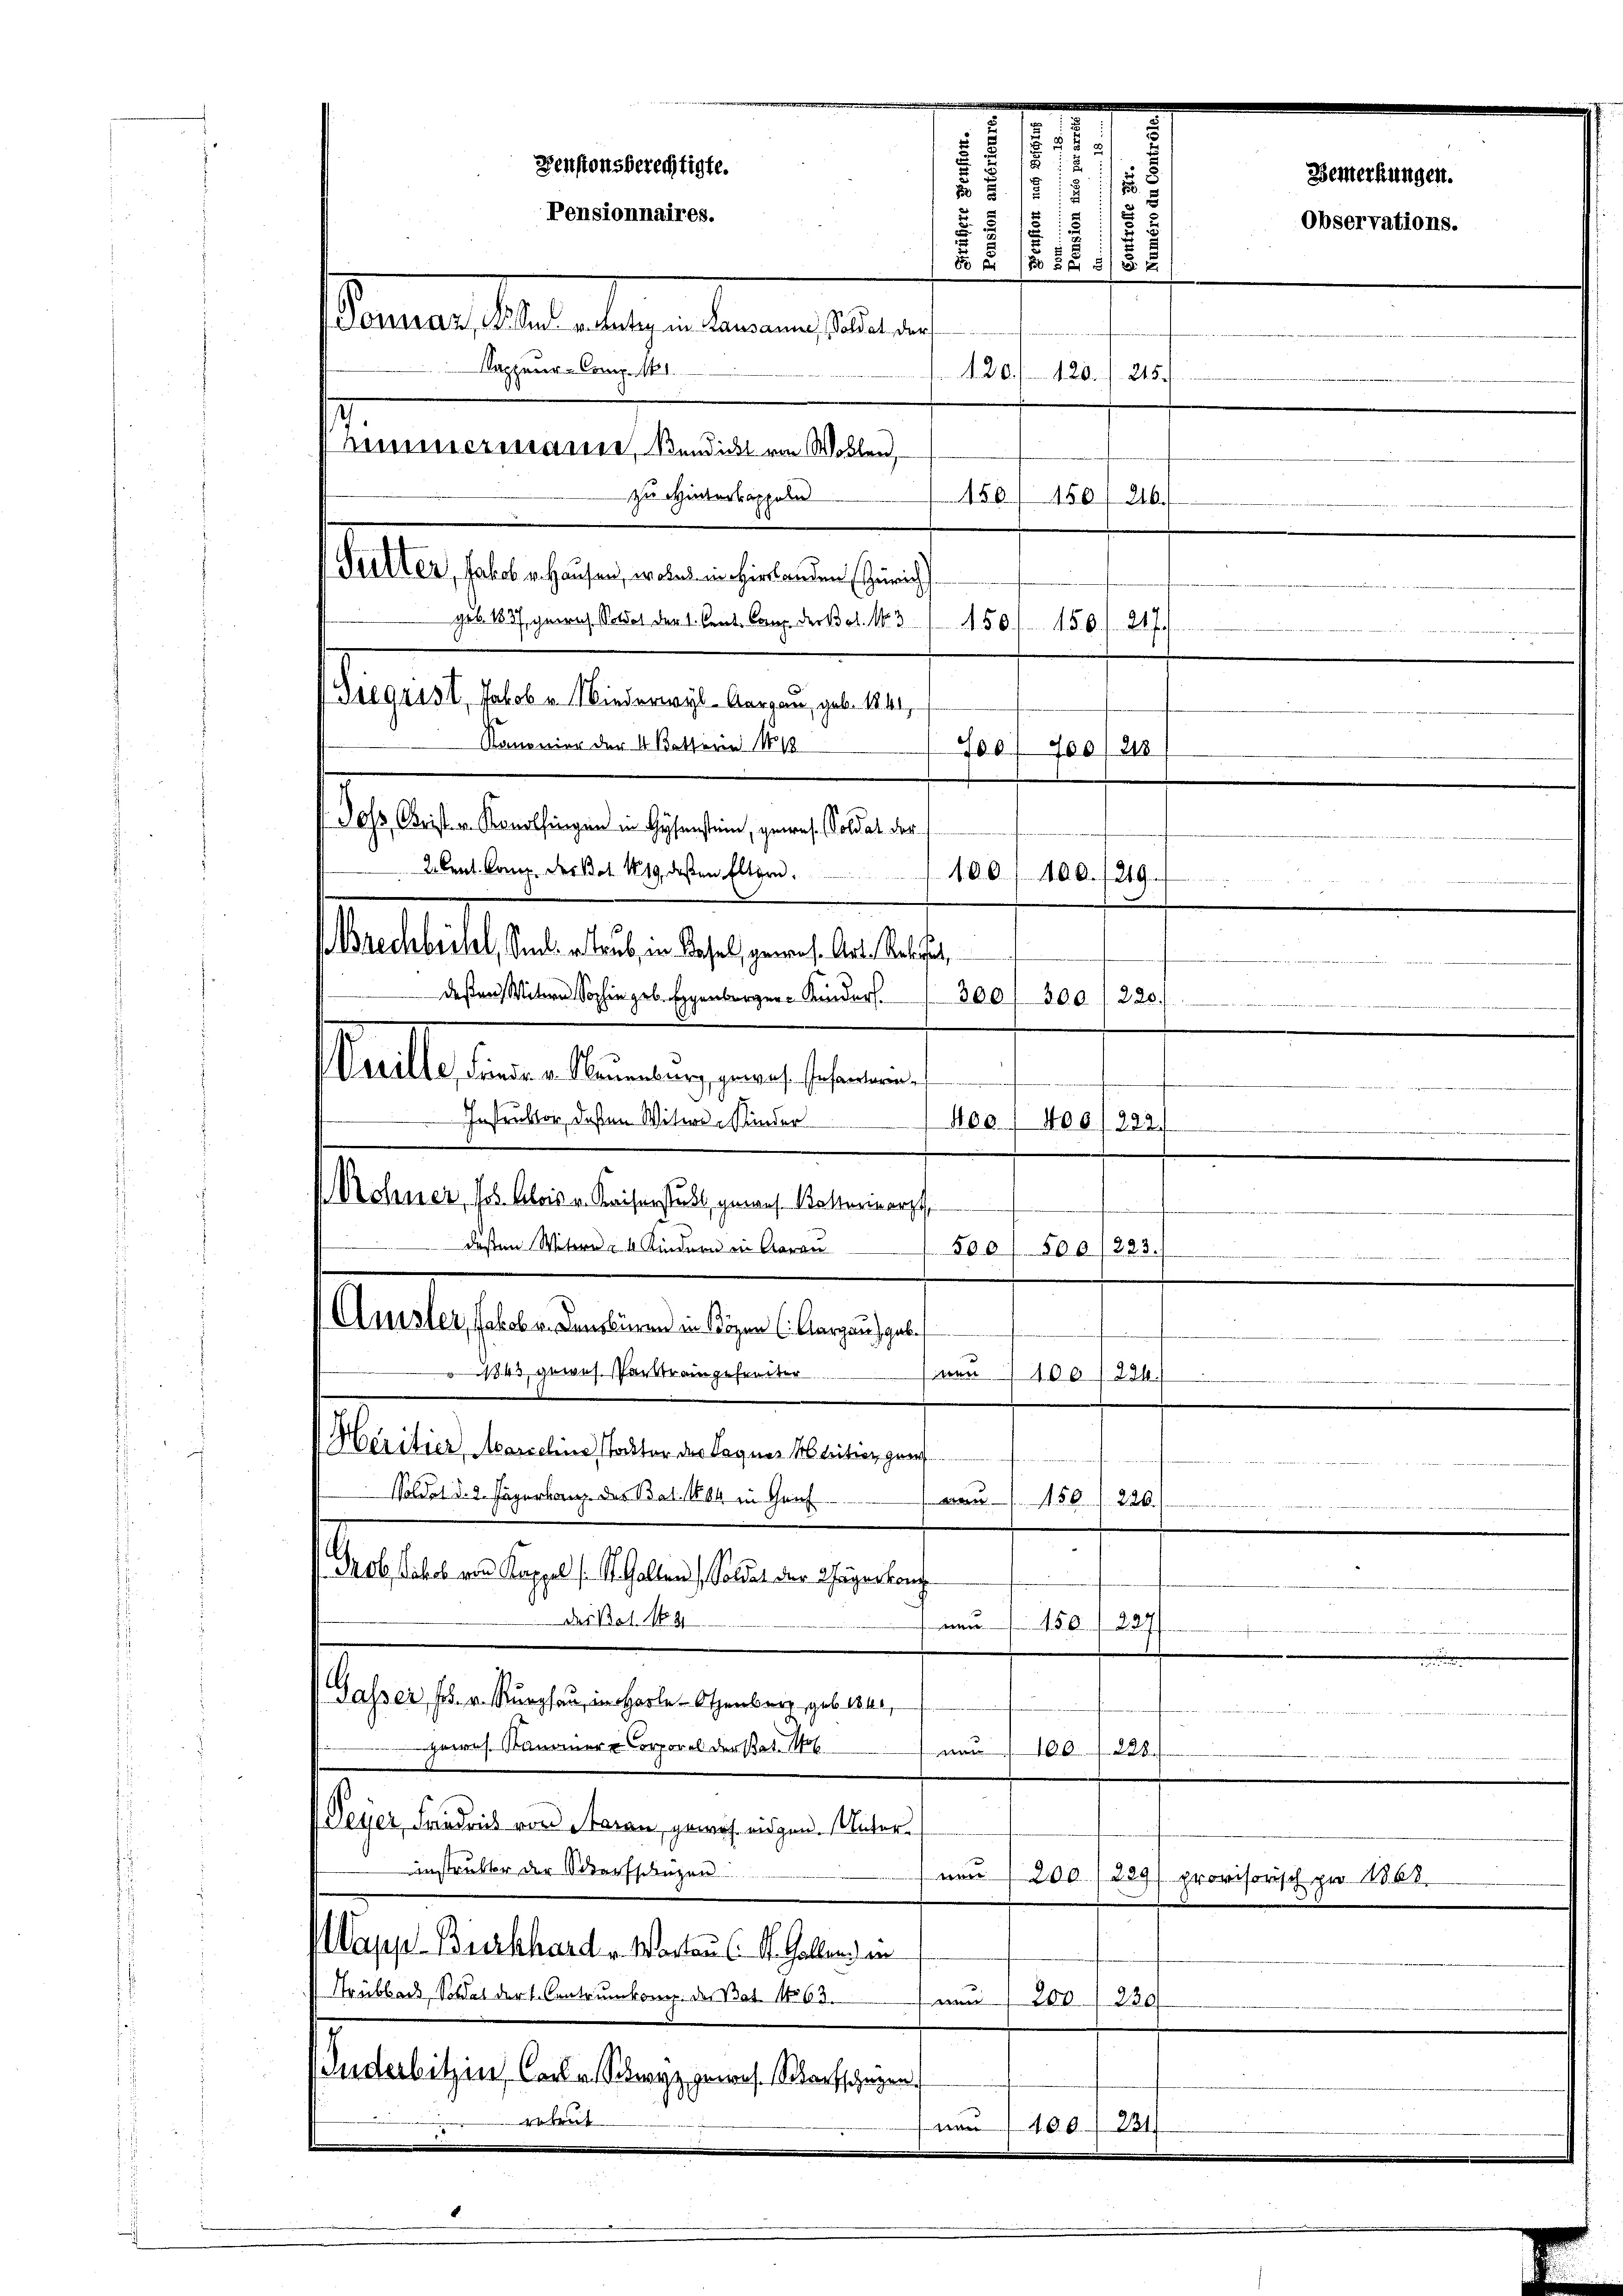
Sutter, Jakob v. Hausen, woled in Hirslanden Zürich
geb. 1837, getrag, Soldat der 1. Cent. Comp. der Bot. 13 (1501 150. 217.
Siegrist, Jakob u. Niederwyl-Aargau, geb. 1841,
Kanonier der 4. Kettern 1818
700/700/218
Joss. Christ v. Konolfingen in Hysenstein, gewes. Soldat der
Akerl. Comp. der Bot. 1819, deßen Eltern 100
Brechbüchel, Siche taub, in Basel, gewes. Art. Reiset,
deßen Witwe Sophie geb. Eggenburger Kinder. 300, 300
Instruktor, deßen Witwe Kinder
400. 400
.
Rohner, Jos. Alois v. Kaiserstuhl, geraus Rotterinarzt
.
deßen Witern u. 4 Kindern in Aarau
223.
500, 500
Amsler, Jakobr. Konsbüren in Közen (Aargau geb.
1843 gewes. Parktrangefreiter
von 100, 224)
Héritier, Marichin, Tockter der Sagner Maritier graf

Soldat d. 2. Jägerlang des Bat. 104 in Genf
mn 56
220.
f Prof. Schel von Kappel s. St. Gallen), Soldat der Wagen kon
das Bat. 131
150. 1227)
e
.
Gasser F. v. Thurgau, in Harle - Otzenberg geb. 1841,

gewes. Kanoner-Corporel der Bat. 16
von 100 l. 228.
Peyer, Friedrich von Saran, gewos eidgen. Unterinstrukter der Scharfsängen
ne 200./229) provisorisch pro 1868
app-Burkhard v. Wortau (St. Galler in
Trübbach, Soldat der L. Contrumkomen des Bat. 1563.
0
230/
nderbitzin, Carl v. Schwyz gewes. Scharfschagen
erbent
e
400. 231

eengesehen gegen gegen einen einer gegenschehen der einer der rechteten der
5
u
Fenstonsberechtigte.
.
d
Pensionnaires.
s
i
.
12 1/2
Donnaz, 1. Am v. Lutz in Lausanne, Soldat, der
Sappeur-Comp. 1.
120
120. 215.
7
nimmermanne, Bendickt von Wollen,
zu Hintertappeln
150150
246.

Varille, Fandr. v. Neuenburg, gewes. Infanteren

s

f 5 x

100./219.
L
90
220.
323.

25

Bemerkungen.
Observations.

.